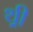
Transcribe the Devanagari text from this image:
थ़्री